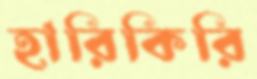
হারিকিরি